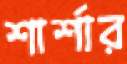
শার্শার